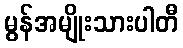
မွန်အမျိုးသားပါတီ